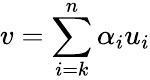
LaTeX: v=\sum_{i=k}^{n}\alpha_{i}u_{i}